Plague in India, 1896, 1897 - Volume 1
Year: 1896
Disease focus: Plague
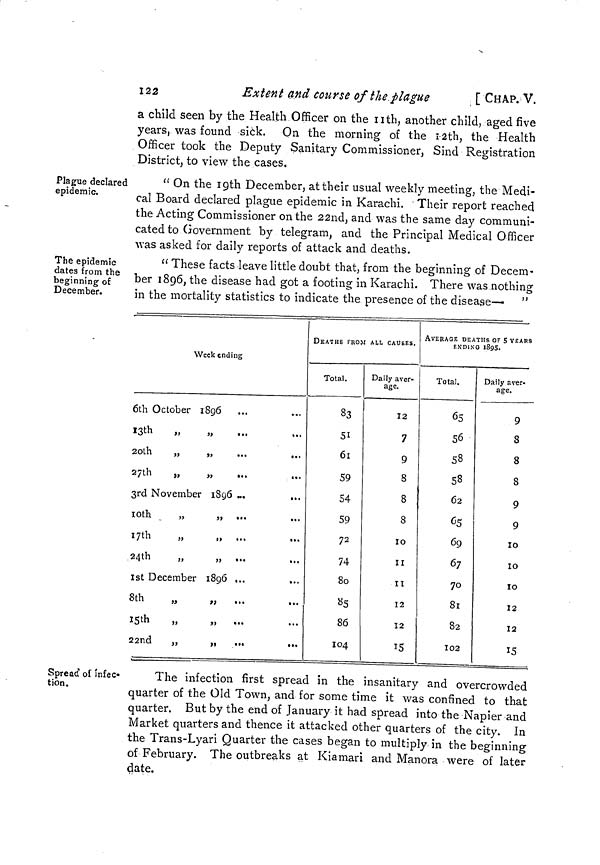
122
Extent and course of the plague
[ CHAP. V.
a child seen by the Health Officer on the 11th, another child, aged five
years, was found sick. On the morning of the 12th, the Health
Officer took the Deputy Sanitary Commissioner, Sind Registration
District, to view the cases.
Plague declared
epidemic.
" On the 19th December, at their usual weekly meeting, the Medi-
cal Board declared plague epidemic in Karachi. Their report reached
the Acting Commissioner on the 22nd, and was the same day communi-
cated to Government by telegram, and the Principal Medical Officer
was asked for daily reports of attack and deaths.
The epidemic
dates from the
beginning of
December.
" These facts leave little doubt that, from the beginning of Decem-
ber 1896, the disease had got a footing in Karachi. There was nothing
in the mortality statistics to indicate the presence of the disease— "
Week ending
6th October 1896
13 th
"
"
20th
„
„
27th
„
„
...
...
3rd November 1896 ...
...
10th
„
„ ...
17th
„
„ ...
24th
„
„ ...
1st December 1896 ...
...
8th
„
„
...
15th
„
„ ...
22nd
„
„
DEATHS FROM All CAUSES.
Total.
83
51
61
59
54
59
72
74
80
«5
86
104
Daily aver-
age.
12
7
9
8
8
8
10
II
II
12
12
15
AVERAGE DEATHS OF s YEARS
ENDINO 1895.
Total.
65
56
58
58
62
65
69
67
70
81
82
102
Daily aver-
age.
9
S
8
8
9
9
10
10
10
12
12
15
Spread of infec-
tion.
The infection first spread in the insanitary and overcrowded
quarter of the Old Town, and for some time it was confined to that
quarter. But by the end of January it had spread into the Napier and
Market quarters and thence it attacked other quarters of the city. In
the Trans-Lyari Quarter the cases began to multiply in the beginning
of February. The outbreaks at Kiamari and Manora were of later
date.